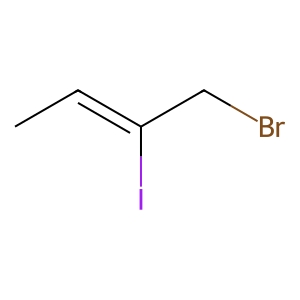
SMILES: CC=C(I)CBr
Inhibits HIV replication: No